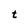
Character: t